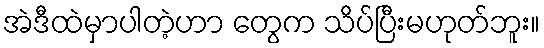
အဲဒီထဲမှာပါတဲ့ဟာ တွေက သိပ်ပြီးမဟုတ်ဘူး။